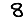
Digit: 8